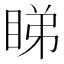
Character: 睇